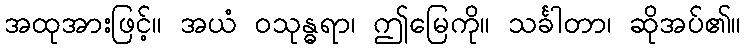
အထုအားဖြင့်။ အယံ ဝသုန္ဓရာ၊ ဤမြေကို။ သင်္ခါတာ၊ ဆိုအပ်၏။